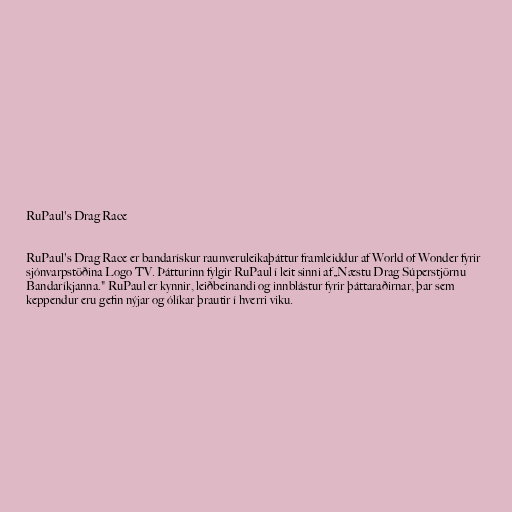
RuPaul's Drag Race

RuPaul's Drag Race er bandarískur raunveruleikaþáttur framleiddur af World of Wonder fyrir
sjónvarpstöðina Logo TV. Þátturinn fylgir RuPaul í leit sinni af „Næstu Drag Súperstjörnu
Bandaríkjanna." RuPaul er kynnir, leiðbeinandi og innblástur fyrir þáttaraðirnar, þar sem
keppendur eru gefin nýjar og ólíkar þrautir í hverri viku.